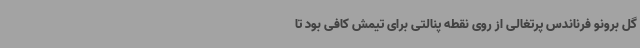
گل برونو فرناندس پرتغالی از روی نقطه پنالتی برای تیمش کافی بود تا